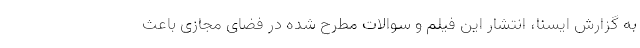
به گزارش ایسنا، انتشار این فیلم و سوالات مطرح شده در فضای مجازی باعث